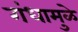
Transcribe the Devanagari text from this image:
गंधामुळे